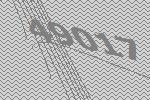
49017